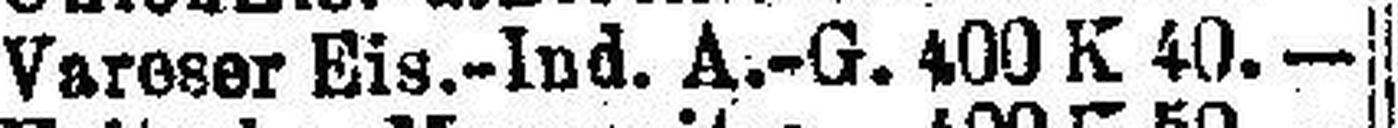
Vareser Eis.-Ind. A.-G. 400 K 40.—